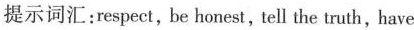
提示词汇：respect，be honest，tell the truth，have